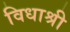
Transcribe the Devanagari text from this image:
विधाश्री